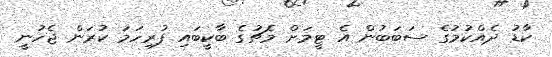
ކާޑު ދެއްކުމުގެ ސަބަބުން އެ ޓީމަށް މެޗުގެ ބާކީބައި ފުރިހަމަ ކުރަން ޖެހުނީ